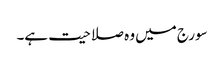
سورج میں وہ صلاحیت ہے۔